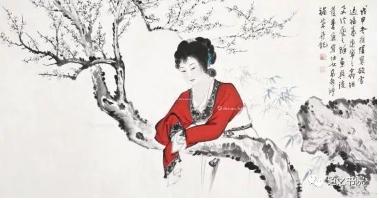
机中锦字论长恨，楼上花枝笑独眠。